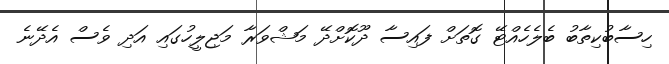
ހިސާބުކިތާބު ބެލެހެއްޓޭ ގޮތަށް ފައިސާ ދޫކޮށްދޭ މަޝްވަރާ މަޖިލީހުގައި އަދި ވެސް އެދޭނެ